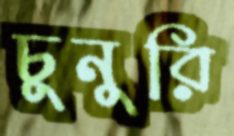
চুনুরি